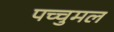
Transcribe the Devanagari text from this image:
पच्चुमल